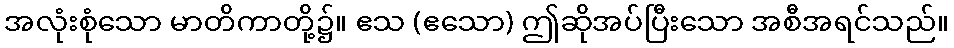
အလုံးစုံသော မာတိကာတို့၌။ ဧသ (ဧသော) ဤဆိုအပ်ပြီးသော အစီအရင်သည်။